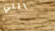
التي